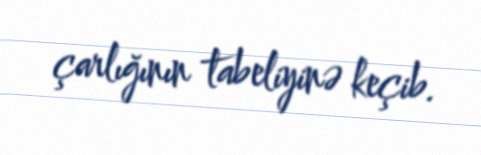
çarlığının tabeliyinə keçib.